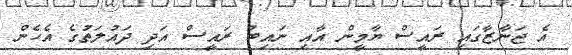
އެ ޖަނާޒާގައި ރައީސް ޔާމީން އާއި ނައިބު ރައީސް އަދި ދައުލަތުގެ އެހެން